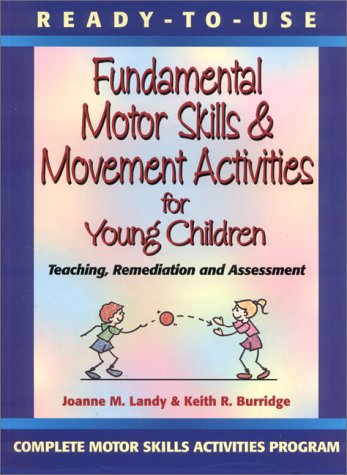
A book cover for Ready to Use Fundamental Motor Skills & Movement Activities for Young Children; Joanne M. Landy; Health, Fitness & Dieting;